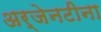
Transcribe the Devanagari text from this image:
अर्जेनटीना